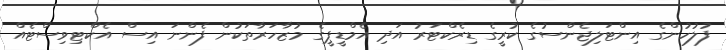
ފުލުހުންގެ އިންޓަލިޖެންސުގެ ކުރީގެ ޑިރެކްޓަރު އަދި އެމްޑީޕީގެ މުޒާހަރާތަކުން ފެންނަ އިސް އެކްޓިވިސްޓެއް